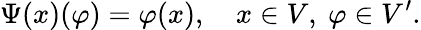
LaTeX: \Psi(x)(\varphi)=\varphi(x),\quad x\in V,\ \varphi\in V^{\prime}.